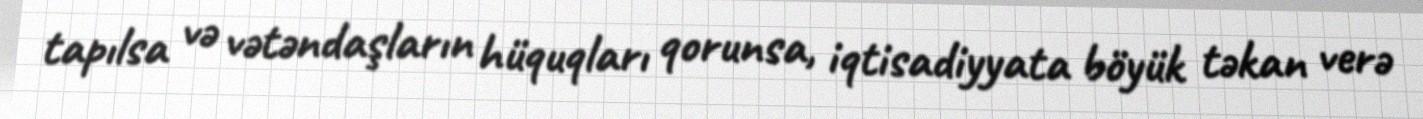
tapılsa və vətəndaşların hüquqları qorunsa, iqtisadiyyata böyük təkan verə